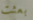
بعثت